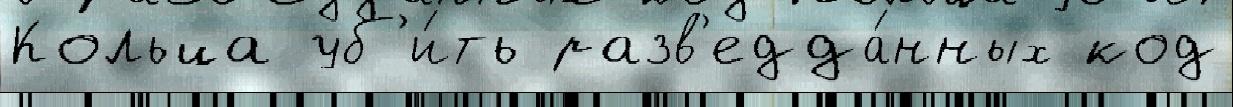
Кольца уб'и́ть разв'едда́нных код